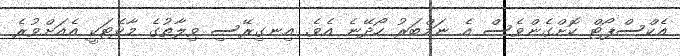
އެކްސްޕޯޓް ކޮށްގެންވެސް އެ ނަމްބަރު ހޯދޭނެ އެވެ. އިނގިރޭސި ވިލާތުގެ މާކެޓަކީ އެއަށްވުރެ